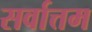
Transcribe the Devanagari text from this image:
सर्वात्तम